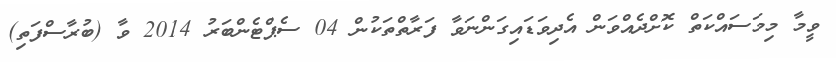
ވީމާ މިމަސައްކަތް ކޮށްދެއްވަން އެދިވަޑައިގަންނަވާ ފަރާތްތަކުން 04 ސެޕްޓެންބަރު 2014 ވާ (ބުރާސްފަތި)